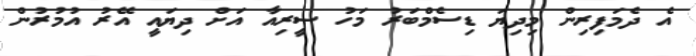
އެ ދެމަފިރިން މިދިޔަ ޑިސެމްބަރު މަހު ސީރިއާ އަށް ދިޔައީ އޭރު އުމުރުން